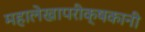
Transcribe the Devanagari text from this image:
महालेखापरीक्षकानी